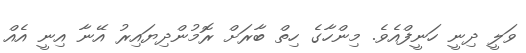
ވަލީ ދިނީ ހަނީފްއެވެ. މިންހާގެ ހިތް ބާރަށް ރޮމުންދިޔައިރު އޭނާ އިނީ އެއް